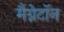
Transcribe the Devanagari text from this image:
मैग्नेटॉन